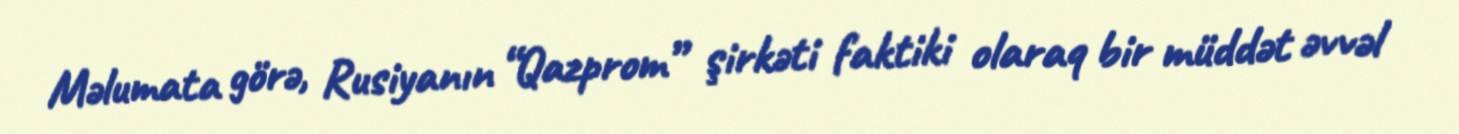
Məlumata görə, Rusiyanın “Qazprom” şirkəti faktiki olaraq bir müddət əvvəl